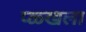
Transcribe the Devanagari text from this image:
प्ळ्खला